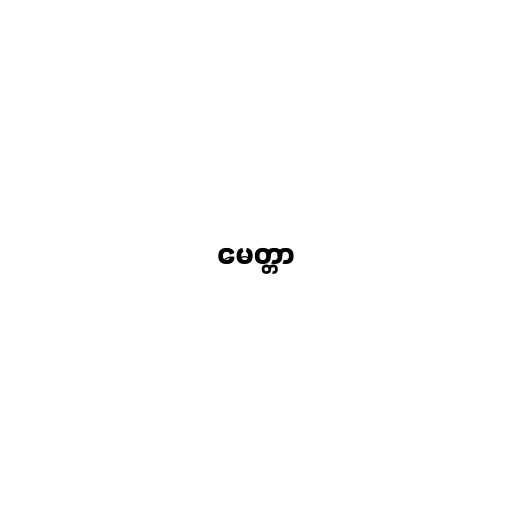
မေတ္တာ